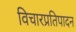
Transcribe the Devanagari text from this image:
विचारप्रतिपादन